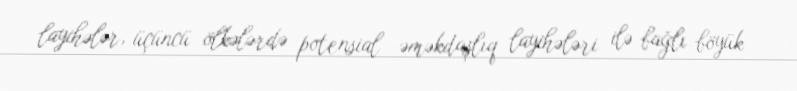
layihələr, üçüncü ölkələrdə potensial əməkdaşlıq layihələri ilə bağlı böyük